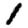
Digit: 1